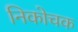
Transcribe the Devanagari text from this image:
निकोचक